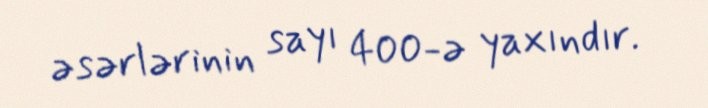
əsərlərinin sayı 400-ə yaxındır.